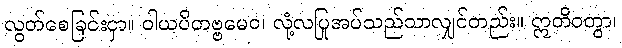
လွတ်စေခြင်းငှာ။ ဝါယပိတဗ္ဗမေဝ၊ လုံ့လပြုအပ်သည်သာလျှင်တည်း။ ဣတိဝတွာ၊